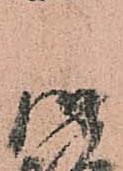
庫